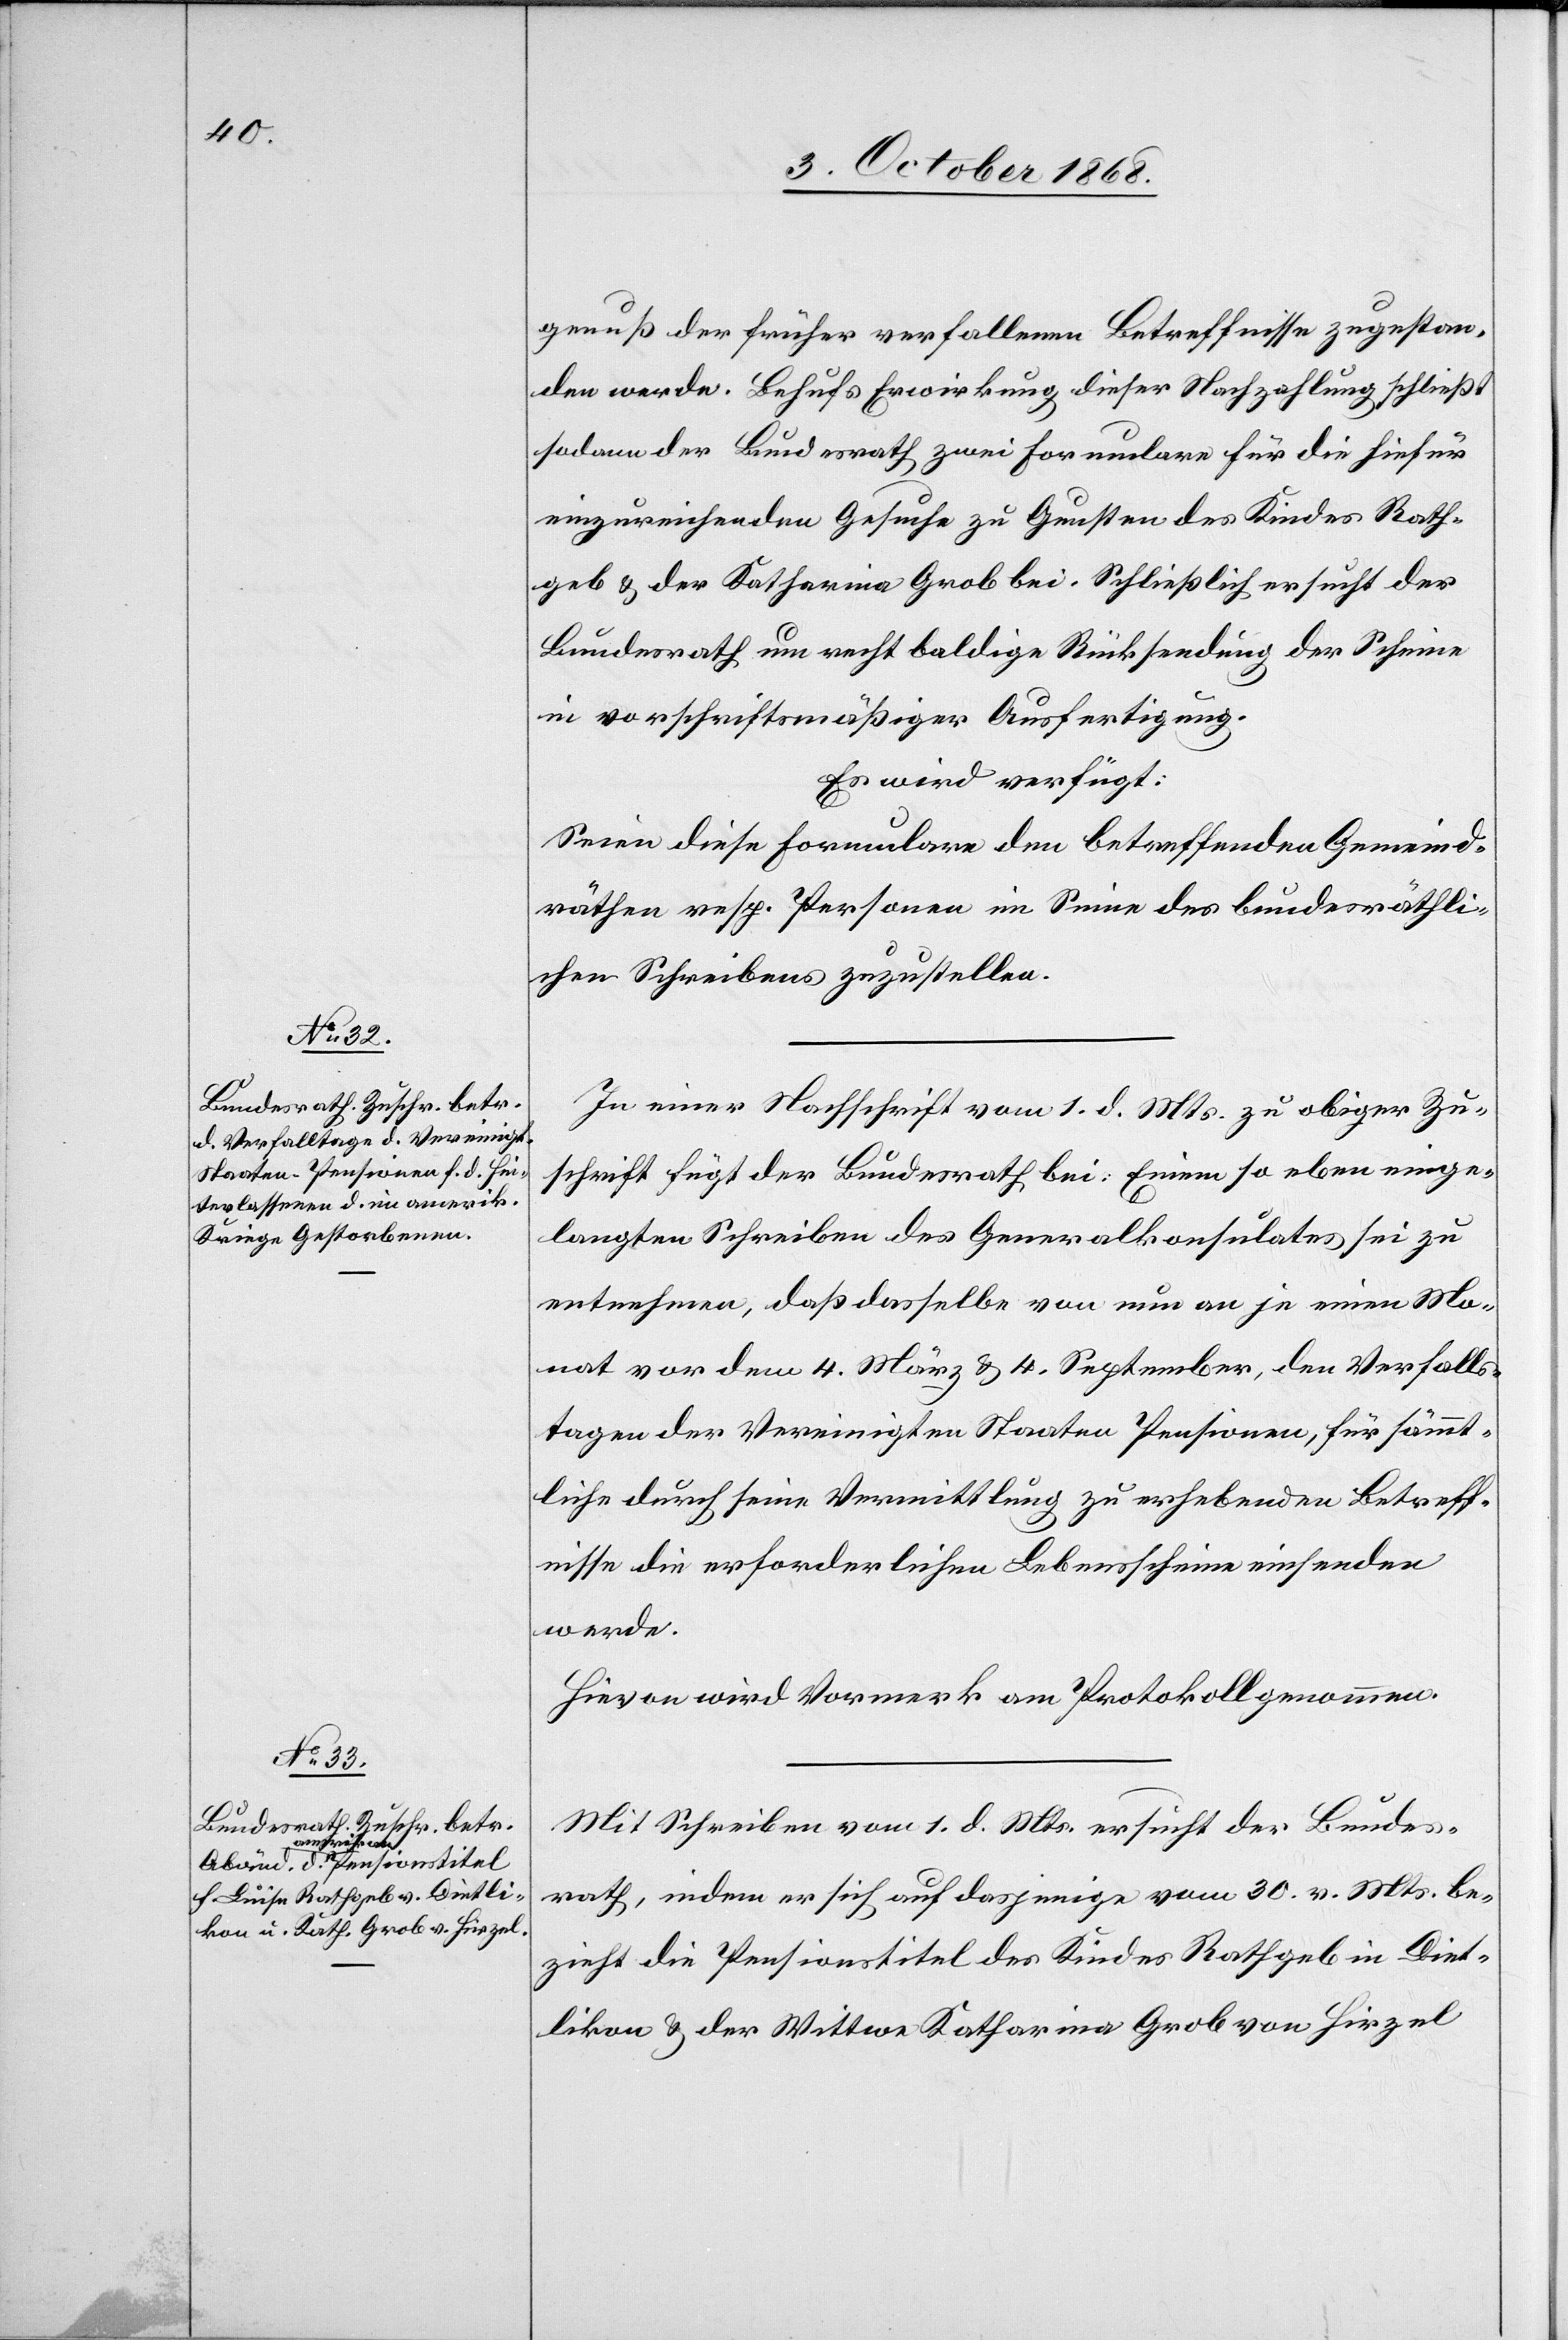
3. October 1868.]
genuß der früher verfallenen Betreffnisse zugestan¬
den werde. Behufs Erwirkung dieser Nachzahlung schließt
sodann der Bundesrath zwei Formulare für die hiefür
einzureichenden Gesuche zu Gunsten des Kindes Rath¬
geb & der Katharina Grob bei. Schließlich ersucht der
Bundesrath um recht baldige Rücksendung der Scheine
in vorschriftsmäßiger Ausfertigung.
Es wird verfügt:
Seien diese Formulare den betreffenden Gemeind¬
räthen resp. Personen im Sinne des bundesräthli¬
chen Schreibens zuzustellen.
In einer Nachschrift vom 1. d. Mts. zu obiger Zu¬
schrift fügt der Bundesrath bei: Einem so eben einge¬
langten Schreiben des Generalkonsulates sei zu
entnehmen, daß dasselbe von nun an je einen Mo¬
nat vor dem 4. März & 4. September, den Verfalls¬
tagen der Vereinigten Staaten Pensionen, für sämmt¬
liche durch seine Vermittlung zu erhebenden Betreff¬
nisse die erforderlichen Lebensscheine einsenden
werde.
Hievon wird Vormerk am Protokoll genommen.
Mit Schreiben vom 1. d. Mts. ersucht der Bundes¬
rath, indem er sich auf dasjenige vom 30. v. Mts. be¬
zieht die Pensionstitel des Kindes Rathgeb in Diet¬
likon & der Wittwe Katharina Grob von Hirzel